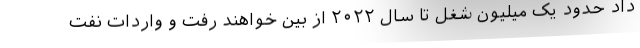
داد حدود یک میلیون شغل تا سال ۲۰۲۲ از بین خواهند رفت و واردات نفت